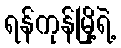
ရန်ကုန်မြို့ရဲ့